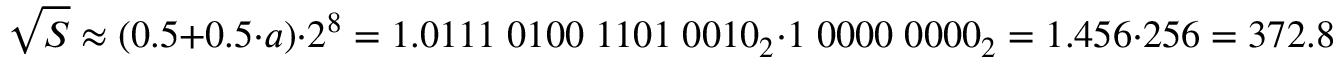
{ \sqrt { S } } \approx ( 0 . 5 + 0 . 5 \cdot a ) \cdot 2 ^ { 8 } = 1 . 0 1 1 1 \; 0 1 0 0 \; 1 1 0 1 \; 0 0 1 0 _ { 2 } \cdot 1 \; 0 0 0 0 \; 0 0 0 0 _ { 2 } = 1 . 4 5 6 \cdot 2 5 6 = 3 7 2 . 8